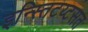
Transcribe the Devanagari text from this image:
इन्स्तिटय्टसत